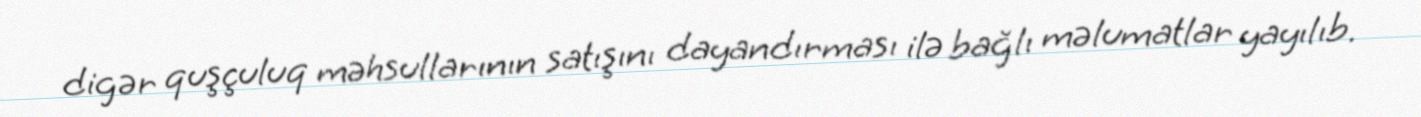
digər quşçuluq məhsullarının satışını dayandırması ilə bağlı məlumatlar yayılıb.